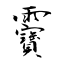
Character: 靌